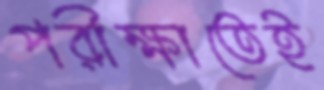
পরীক্ষাতেই